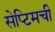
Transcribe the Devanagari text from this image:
सेप्टिमची